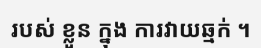
របស់ ខ្លួន ក្នុង ការវាយឆ្មក់ ។